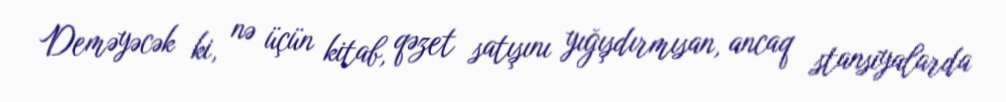
Deməyəcək ki, nə üçün kitab, qəzet satışını yığışdırmısan, ancaq stansiyalarda